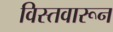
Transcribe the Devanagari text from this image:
विस्तवारून